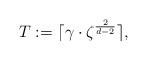
LaTeX: \begin{align*}T:= \lceil \gamma \cdot \zeta^{\frac{2}{d-2}} \rceil,\end{align*}